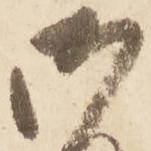
御